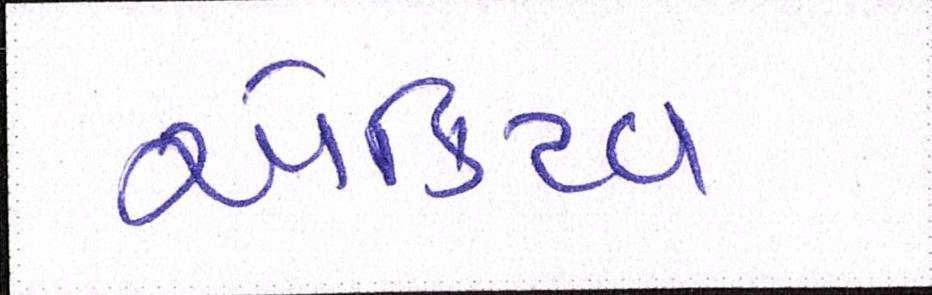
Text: એક્ટિવ